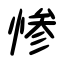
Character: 惨